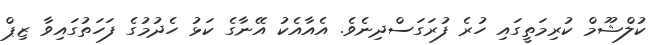
ކުލްޝޫމް ކުރިމަތީގައި ހުރެ ފުރަގަސްދިނެވެ. އެއާއެކު އޭނާގެ ކަޅު ހެދުމުގެ ފަހަތުގައިވާ ޒިޕް